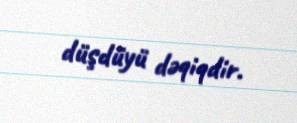
düşdüyü dəqiqdir.